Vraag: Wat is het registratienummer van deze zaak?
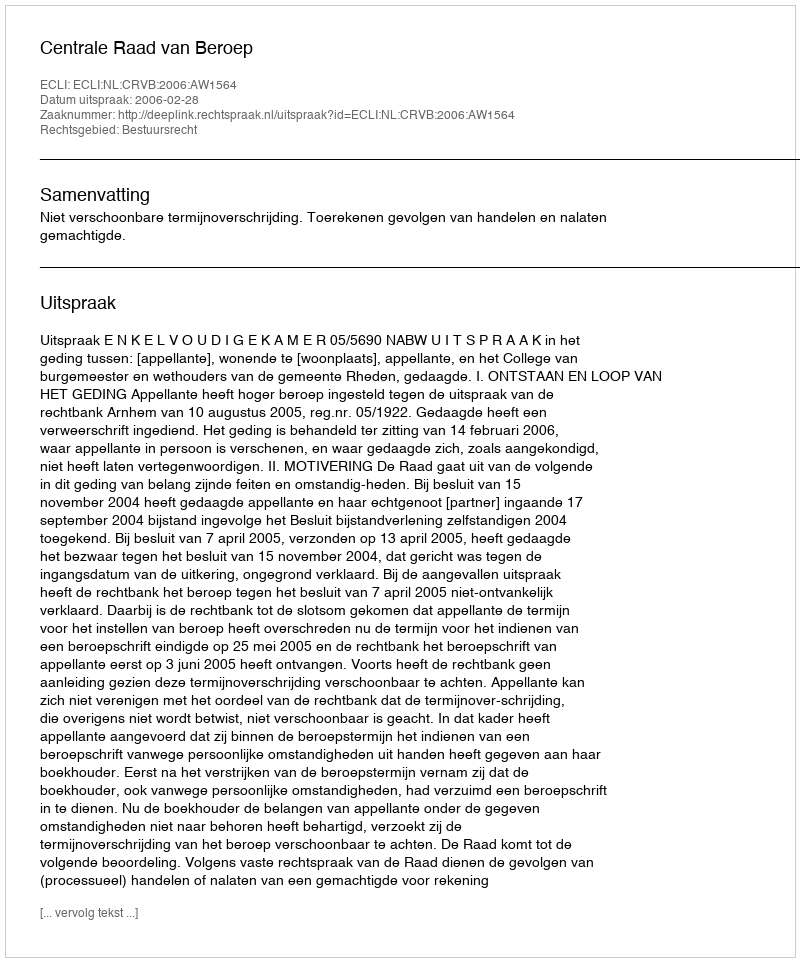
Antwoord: http://deeplink.rechtspraak.nl/uitspraak?id=ECLI:NL:CRVB:2006:AW1564